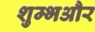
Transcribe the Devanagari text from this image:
शुम्भऔर